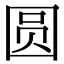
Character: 圆